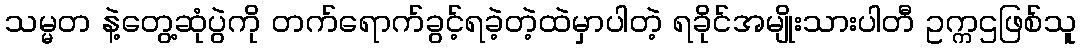
သမ္မတ နဲ့တွေ့ဆုံပွဲကို တက်ရောက်ခွင့်ရခဲ့တဲ့ထဲမှာပါတဲ့ ရခိုင်အမျိုးသားပါတီ ဥက္ကဌဖြစ်သူ